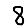
Digit: 8